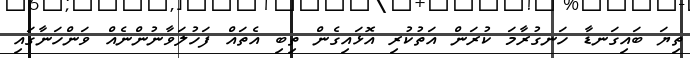
ތިޔަ ބައިގަނޑާ ހަނގުރާމަ ކުރަން އަތުކުރި އޮޅައިގެން ތިބި އެތައް ފަހުލަވާނުންނެއް ވަންހަނާގައި